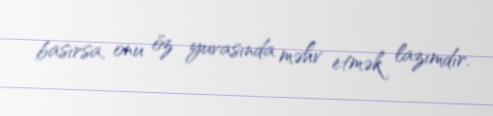
basırsa, onu öz yuvasında məhv etmək lazımdır.